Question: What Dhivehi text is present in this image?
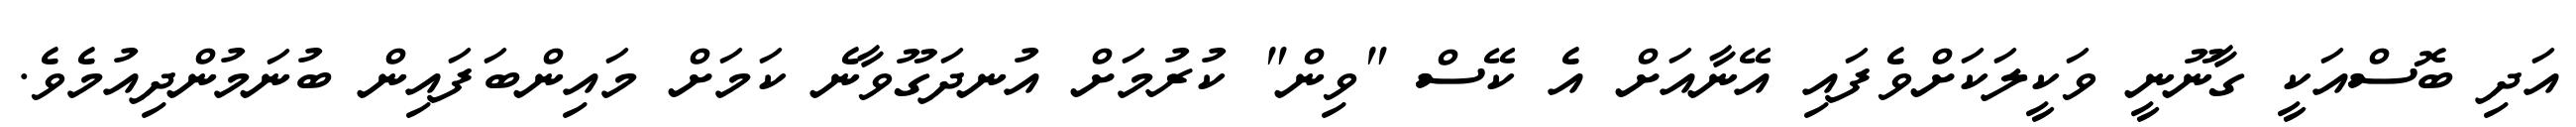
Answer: އަދި ބޮސްއަކީ ގާނޫނީ ވަކީލަކަށްވެފައި އޭނާއަށް އެ ކޭސް "ވިން" ކުރުމަށް އުނދަގޫވާނެ ކަމަށް މައިންބަފައިން ބުނަމުންދިއުމެވެ.